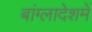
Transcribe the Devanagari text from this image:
बांग्लादेशमें